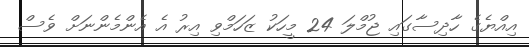
އިއްޔެގެ ހާދިސާގައި ޖުމްލަ 24 މީހަކު ޒަހަމްވި އިރު އެ އެންމެންނަށް ވެސް